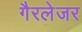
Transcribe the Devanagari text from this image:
गैरलेजर